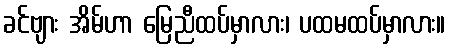
ခင်ဗျား အိမ်ဟာ မြေညီထပ်မှာလား၊ ပထမထပ်မှာလား။